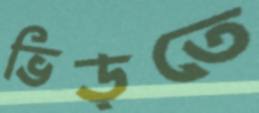
ভিড়তে